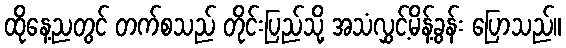
ထိုနေ့ညတွင် တက်စသည် တိုင်းပြည်သို့ အသံလွှင့်မိန့်ခွန်း ပြောသည်။